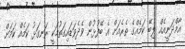
އާމްދަނީއެއް ލިބޭ ކަމެއްގެ ތެރެއަށް އެ ބޭފުޅުން ވެދެވަޑައިގަތުމަކީ ރަނގަޅު ކަމެއް ކަމަށް